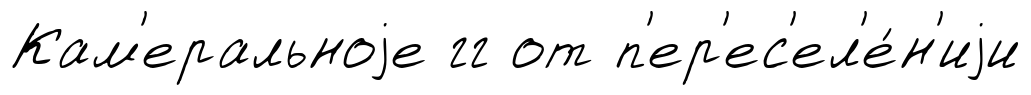
Кам'еральноjе гг от п'ер'ес'ел'е́н'иjи